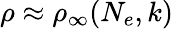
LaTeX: \rho\approx\rho_{\infty}(N_{e},k)